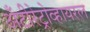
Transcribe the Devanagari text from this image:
अँटीरेट्रोव्हायरल